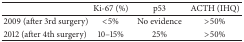
|  | Ki-67 (%) | p53 | ACTH (IHQ) |
 | --- | --- | --- | --- |
 | 2009 (after 3rd surgery) | <5% | No evidence | >50% |
 | 2012 (after 4th surgery) | 10–15% | 25% | >50% |